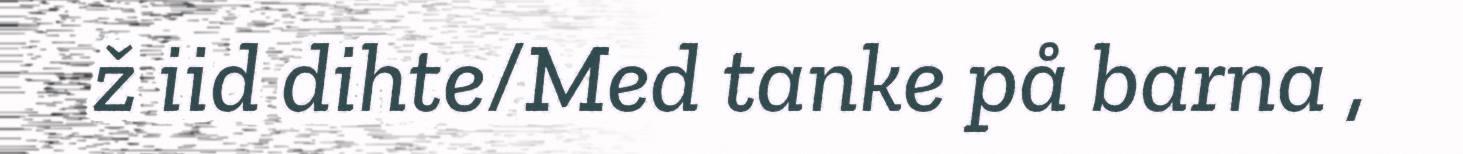
ž iid dihte/Med tanke på barna ,